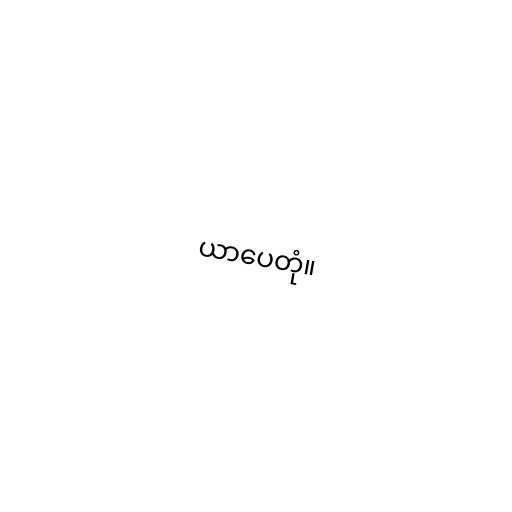
ယာပေတုံ။